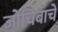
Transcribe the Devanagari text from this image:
जोचिबाचे